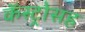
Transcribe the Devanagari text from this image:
कॅस्ट्रोसह